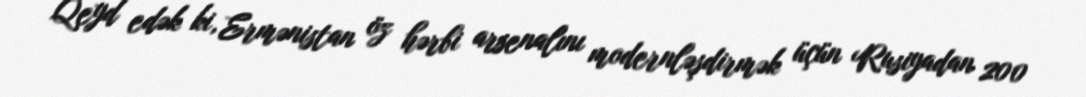
Qeyd edək ki, Ermənistan öz hərbi arsenalını modernləşdirmək üçün Rusiyadan 200